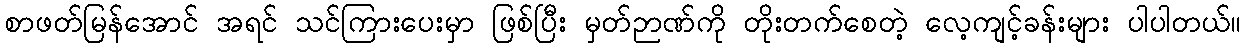
စာဖတ်မြန်အောင် အရင် သင်ကြားပေးမှာ ဖြစ်ပြီး မှတ်ဉာဏ်ကို တိုးတက်စေတဲ့ လေ့ကျင့်ခန်းများ ပါပါတယ်။